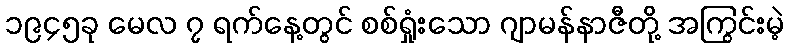
၁၉၄၅ခု မေလ ၇ ရက်နေ့တွင် စစ်ရှုံးသော ဂျာမန်နာဇီတို့ အကြွင်းမဲ့